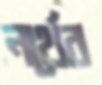
নর্থের